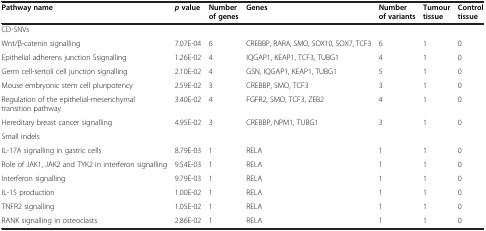
<table><thead><tr><td><b>Pathway name</b></td><td><b><i>p</i>value</b></td><td><b>Number of genes</b></td><td><b>Genes</b></td><td><b>Number of variants</b></td><td><b>Tumour tissue</b></td><td><b>Control tissue</b></td></tr></thead><tbody><tr><td colspan="7">CD-SNVs</td></tr><tr><td>Wnt/β-catenin signalling</td><td>7.07E-04</td><td>6</td><td>CREBBP, RARA, SMO, SOX10, SOX7, TCF3</td><td>6</td><td>1</td><td>0</td></tr><tr><td>Epithelial adherens junction Ssignalling</td><td>1.26E-02</td><td>4</td><td>IQGAP1, KEAP1, TCF3, TUBG1</td><td>4</td><td>1</td><td>0</td></tr><tr><td>Germ cell-sertoli cell junction signalling</td><td>2.10E-02</td><td>4</td><td>GSN, IQGAP1, KEAP1, TUBG1</td><td>5</td><td>1</td><td>0</td></tr><tr><td>Mouse embryonic stem cell pluripotency</td><td>2.59E-02</td><td>3</td><td>CREBBP, SMO, TCF3</td><td>3</td><td>1</td><td>0</td></tr><tr><td>Regulation of the epithelial-mesenchymal transition pathway</td><td>3.40E-02</td><td>4</td><td>FGFR2, SMO, TCF3, ZEB2</td><td>4</td><td>1</td><td>0</td></tr><tr><td>Hereditary breast cancer signalling</td><td>4.95E-02</td><td>3</td><td>CREBBP, NPM1, TUBG1</td><td>3</td><td>1</td><td>0</td></tr><tr><td colspan="7">Small indels</td></tr><tr><td>IL-17A signalling in gastric cells</td><td>8.79E-03</td><td>1</td><td>RELA</td><td>1</td><td>1</td><td>0</td></tr><tr><td>Role of JAK1, JAK2 and TYK2 in interferon signalling</td><td>9.54E-03</td><td>1</td><td>RELA</td><td>1</td><td>1</td><td>0</td></tr><tr><td>Interferon signalling</td><td>9.79E-03</td><td>1</td><td>RELA</td><td>1</td><td>1</td><td>0</td></tr><tr><td>IL-15 production</td><td>1.00E-02</td><td>1</td><td>RELA</td><td>1</td><td>1</td><td>0</td></tr><tr><td>TNFR2 signalling</td><td>1.05E-02</td><td>1</td><td>RELA</td><td>1</td><td>1</td><td>0</td></tr><tr><td>RANK signalling in osteoclasts</td><td>2.86E-02</td><td>1</td><td>RELA</td><td>1</td><td>1</td><td>0</td></tr></tbody></table>